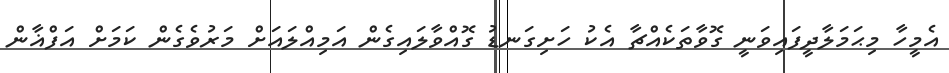
އެމީހާ މިޙަމަލާދީފައިވަނީ ގޮވާތަކެއްޗާ އެކު ހަށިގަނޑު ގޮއްވާލައިގެން އަމިއްލައަށް މަރުވެގެން ކަމަށް އަފްޣާން